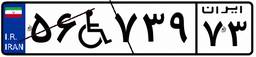
۲۳W۶۸۷۶۷